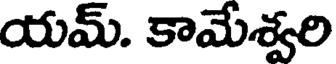
యమ్. కామేశ్వరి